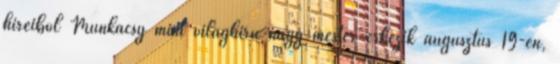
híreibõl Munkácsy mint világhírû nagy mester érkezik augusztus 19-én,